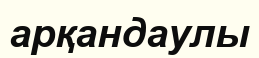
арқандаулы